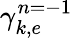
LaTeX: \gamma_{k,e}^{n=-1}